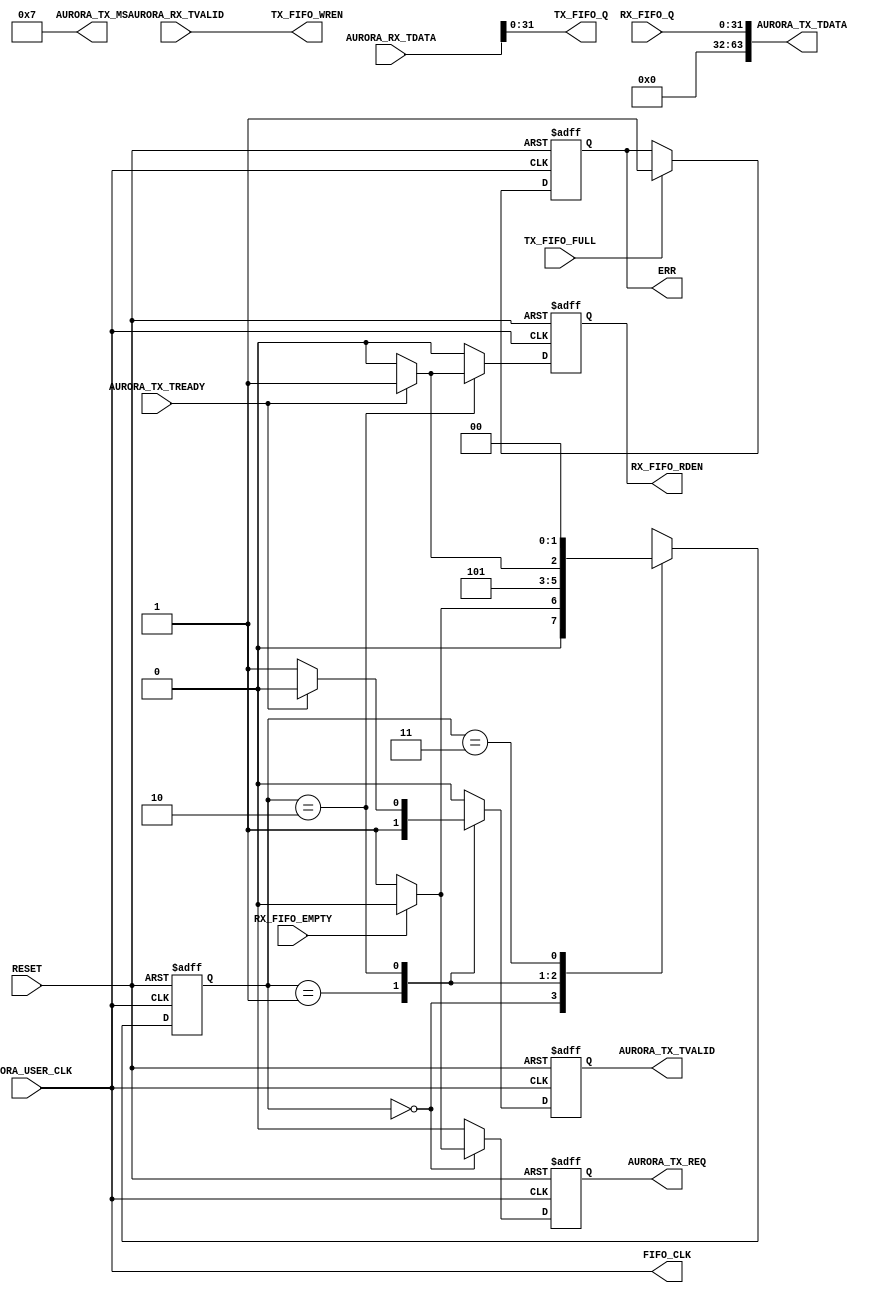
module fifo_over_ufc
  #(
    parameter FIFO_DATA_WIDTH   = 32,
    parameter AURORA_DATA_WIDTH = 64
    )
   (
    input                          RESET,
    input                          AURORA_USER_CLK,
    output reg                     AURORA_TX_REQ,
    output [7:0]                   AURORA_TX_MS,
    input                          AURORA_TX_TREADY,
    output [AURORA_DATA_WIDTH-1:0] AURORA_TX_TDATA,
    output reg                     AURORA_TX_TVALID,
    input [AURORA_DATA_WIDTH-1:0]  AURORA_RX_TDATA,
    input                          AURORA_RX_TVALID,
    output                         FIFO_CLK,
    output [FIFO_DATA_WIDTH-1:0]   TX_FIFO_Q,
    output                         TX_FIFO_WREN,
    input                          TX_FIFO_FULL,
    input [FIFO_DATA_WIDTH-1:0]    RX_FIFO_Q,
    output reg                     RX_FIFO_RDEN,
    input                          RX_FIFO_EMPTY,
    output reg                     ERR
    );
   assign FIFO_CLK     = AURORA_USER_CLK;
   assign TX_FIFO_Q    = AURORA_RX_TDATA[FIFO_DATA_WIDTH-1:0];
   assign TX_FIFO_WREN = AURORA_RX_TVALID;
   reg [1:0]                       state;
   localparam S0 = 2'h0;
   localparam S1 = 2'h1;
   localparam S2 = 2'h2;
   localparam S3 = 2'h3;
   assign AURORA_TX_MS    = 8'd7; 
   assign AURORA_TX_TDATA = RX_FIFO_Q;
   always @ (posedge AURORA_USER_CLK or posedge RESET) begin
      if (RESET) begin
         state            <= S0;
         AURORA_TX_REQ    <= 0;
         AURORA_TX_TVALID <= 0;
         RX_FIFO_RDEN     <= 0;
      end
      else begin
         AURORA_TX_REQ    <= 0;
         AURORA_TX_TVALID <= 0;
         RX_FIFO_RDEN     <= 0;
         case (state)
           S0: begin
              state <= S0;
              if (RX_FIFO_EMPTY == 0) begin
                 AURORA_TX_REQ <= 1;
                 state         <= S1;
              end
           end
           S1: begin
              AURORA_TX_TVALID <= 1;
              state            <= S2;
           end
           S2: begin
              state            <= S2;
              AURORA_TX_TVALID <= 1;
              if (AURORA_TX_TREADY == 1) begin
                 state            <= S3;
                 AURORA_TX_TVALID <= 0;
                 RX_FIFO_RDEN     <= 1;
              end
           end
           S3: begin
              state <= S0;
           end
           default: begin
              state <= S0;
           end
         endcase
      end
   end
   always @ (posedge AURORA_USER_CLK or posedge RESET) begin
      if (RESET) begin
         ERR <= 0;
      end
      else begin
         if (TX_FIFO_FULL == 1) begin
            ERR <= 1;
         end
      end
   end
endmodule